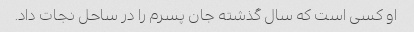
او کسی است که سال گذشته جان پسرم را در ساحل نجات داد.